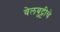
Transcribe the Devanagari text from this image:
वेलबुट्टीचे